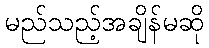
မည်သည့်အချိန်မဆို